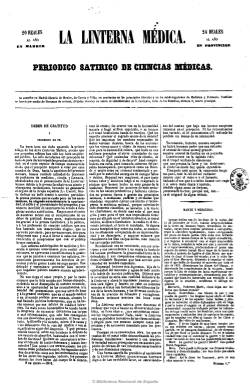
Título: La Linterna médica
Colección: Homeopatía || Revistas satíricas y humorísticas || Periódicos || Medicina
Ámbito geográfico: Madrid
Lugar de publicación: Madrid
Fechas: 08/01/1851-24/08/1851

Subtitulado como “periódico satírico de ciencias médicas”, aparece como claro antagonista de los periódicos homeópatas y especialmente de El centinela de la homeopatía, con quien mantendrá duras polémicas que provocarán varias denuncias ante los juzgados, acabando en un litigio que dará lugar al cierre de La linterna en agosto de 1851 por parte de la autoridad gubernativa, a los ocho meses de su aparición. Con un tono festivo y satírico y dirigido a todas las clases médicas, incluía textos tanto en prosa como en verso, así como alguna caricatura, criticando sarcásticamente y ridiculizando no sólo las prácticas y el lenguaje de las doctrinas homeopáticas, sino también otras de la medicina convencional y la regulación de su ejercicio profesional. Se publicaba dos veces al mes en números de cuatro páginas. Su director y principal redactor fue el doctor Pedro Calvo Asensio.